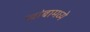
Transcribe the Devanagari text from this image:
खांबामध्ये